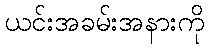
ယင်းအခမ်းအနားကို